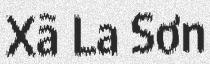
Xã La Sơn